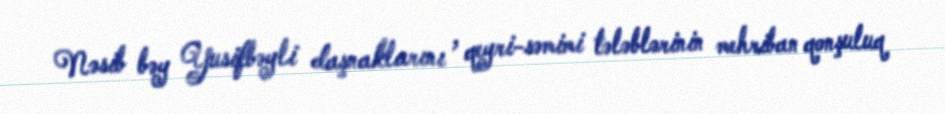
Nəsib bəy Yusifbəyli daşnaklarını , qeyri-səmimi tələblərinin mehriban qonşuluq